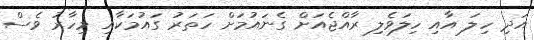
އަދި ހިލަ އާއި ހިލަވެލި ރާއްޖެއަށް ގެނައުމަށް ހަތަރު ގައުމަކާއި މިހާރު ވެސް